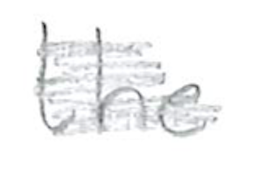
Text: the
Cross-out: scratch
Writing tool: pencil